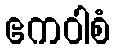
ဧကဝါစံ